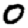
Digit: 0